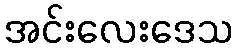
အင်းလေးဒေသ